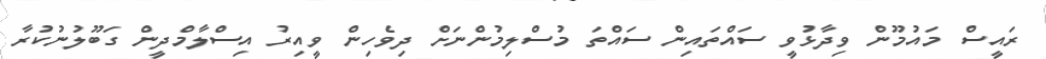
ރައީސް މައުމޫން ވިދާޅުވީ ސައްތައިން ސައްތަ މުސްލިމުންނަށް ދިވެހިން ވީއިރު އިސްލާމްދީން ގަބޫލުނުކުރާ